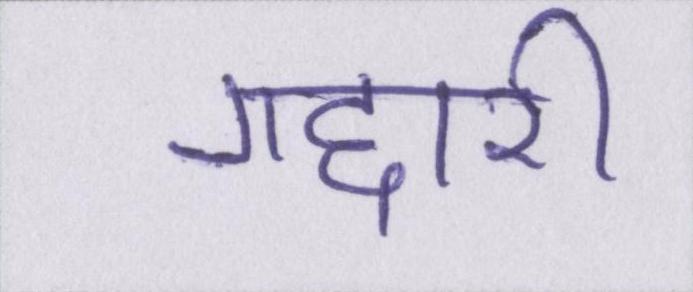
गद्दारी